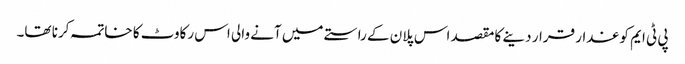
پی ٹی ایم کو غدار قرار دینے کا مقصد اس پلان کے راستے میں آنے والی اس رکاوٹ کا خاتمہ کرنا تھا۔